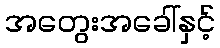
အတွေးအခေါ်နှင့်